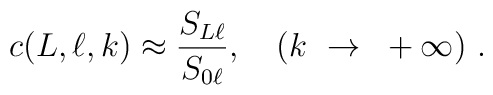
c(L,\ell,k) \approx \frac{S_{L\ell}}{S_{0 \ell}} ,~~~(k~\rightarrow~+\infty)~.